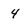
Character: 4